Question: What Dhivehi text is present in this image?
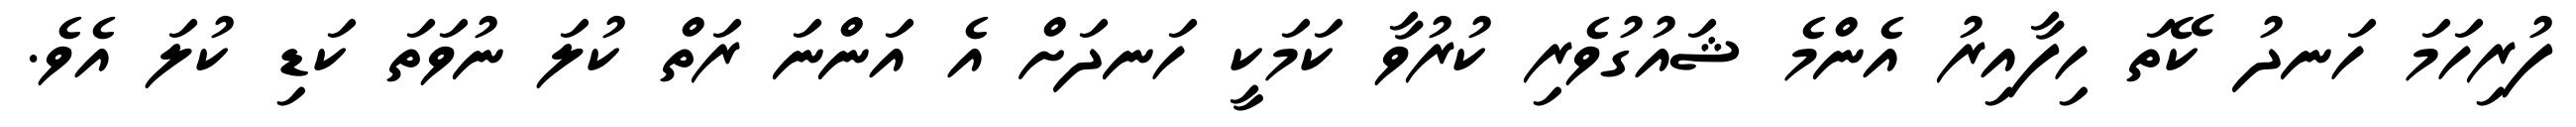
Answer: ފުރިހަމަ ހަނދު ކޭތަ ހިފާއިރު އެންމެ ޝައުގުވެރި ކުރުވާ ކަމަކީ ހަނދަށް އެ އަންނަ ރަތް ކުލަ ނުވަތަ ކަޑި ކުލަ އެވެ.